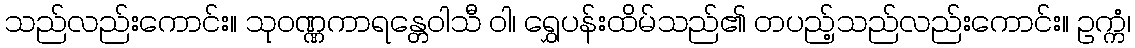
သည်လည်းကောင်း။ သုဝဏ္ဏကာရန္တေဝါသီ ဝါ၊ ရွှေပန်းထိမ်သည်၏ တပည့်သည်လည်းကောင်း။ ဥက္ကံ၊